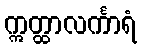
ဣတ္ထာလင်္ကာရံ